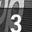
Digit: 3